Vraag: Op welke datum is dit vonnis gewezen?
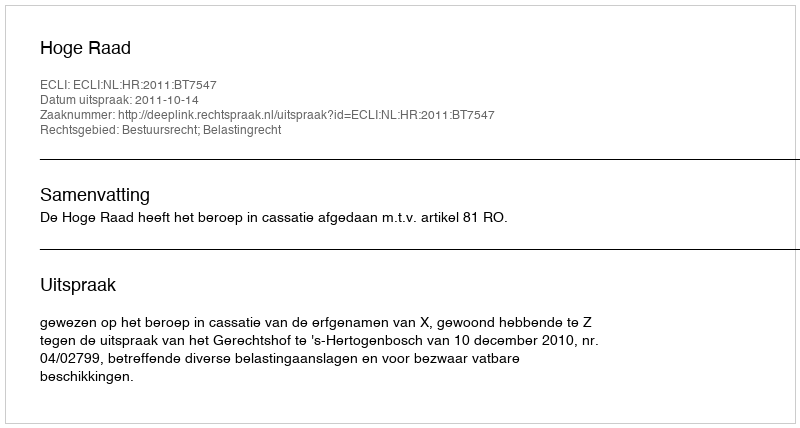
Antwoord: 2011-10-14